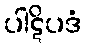
ပါဋိပဒံ